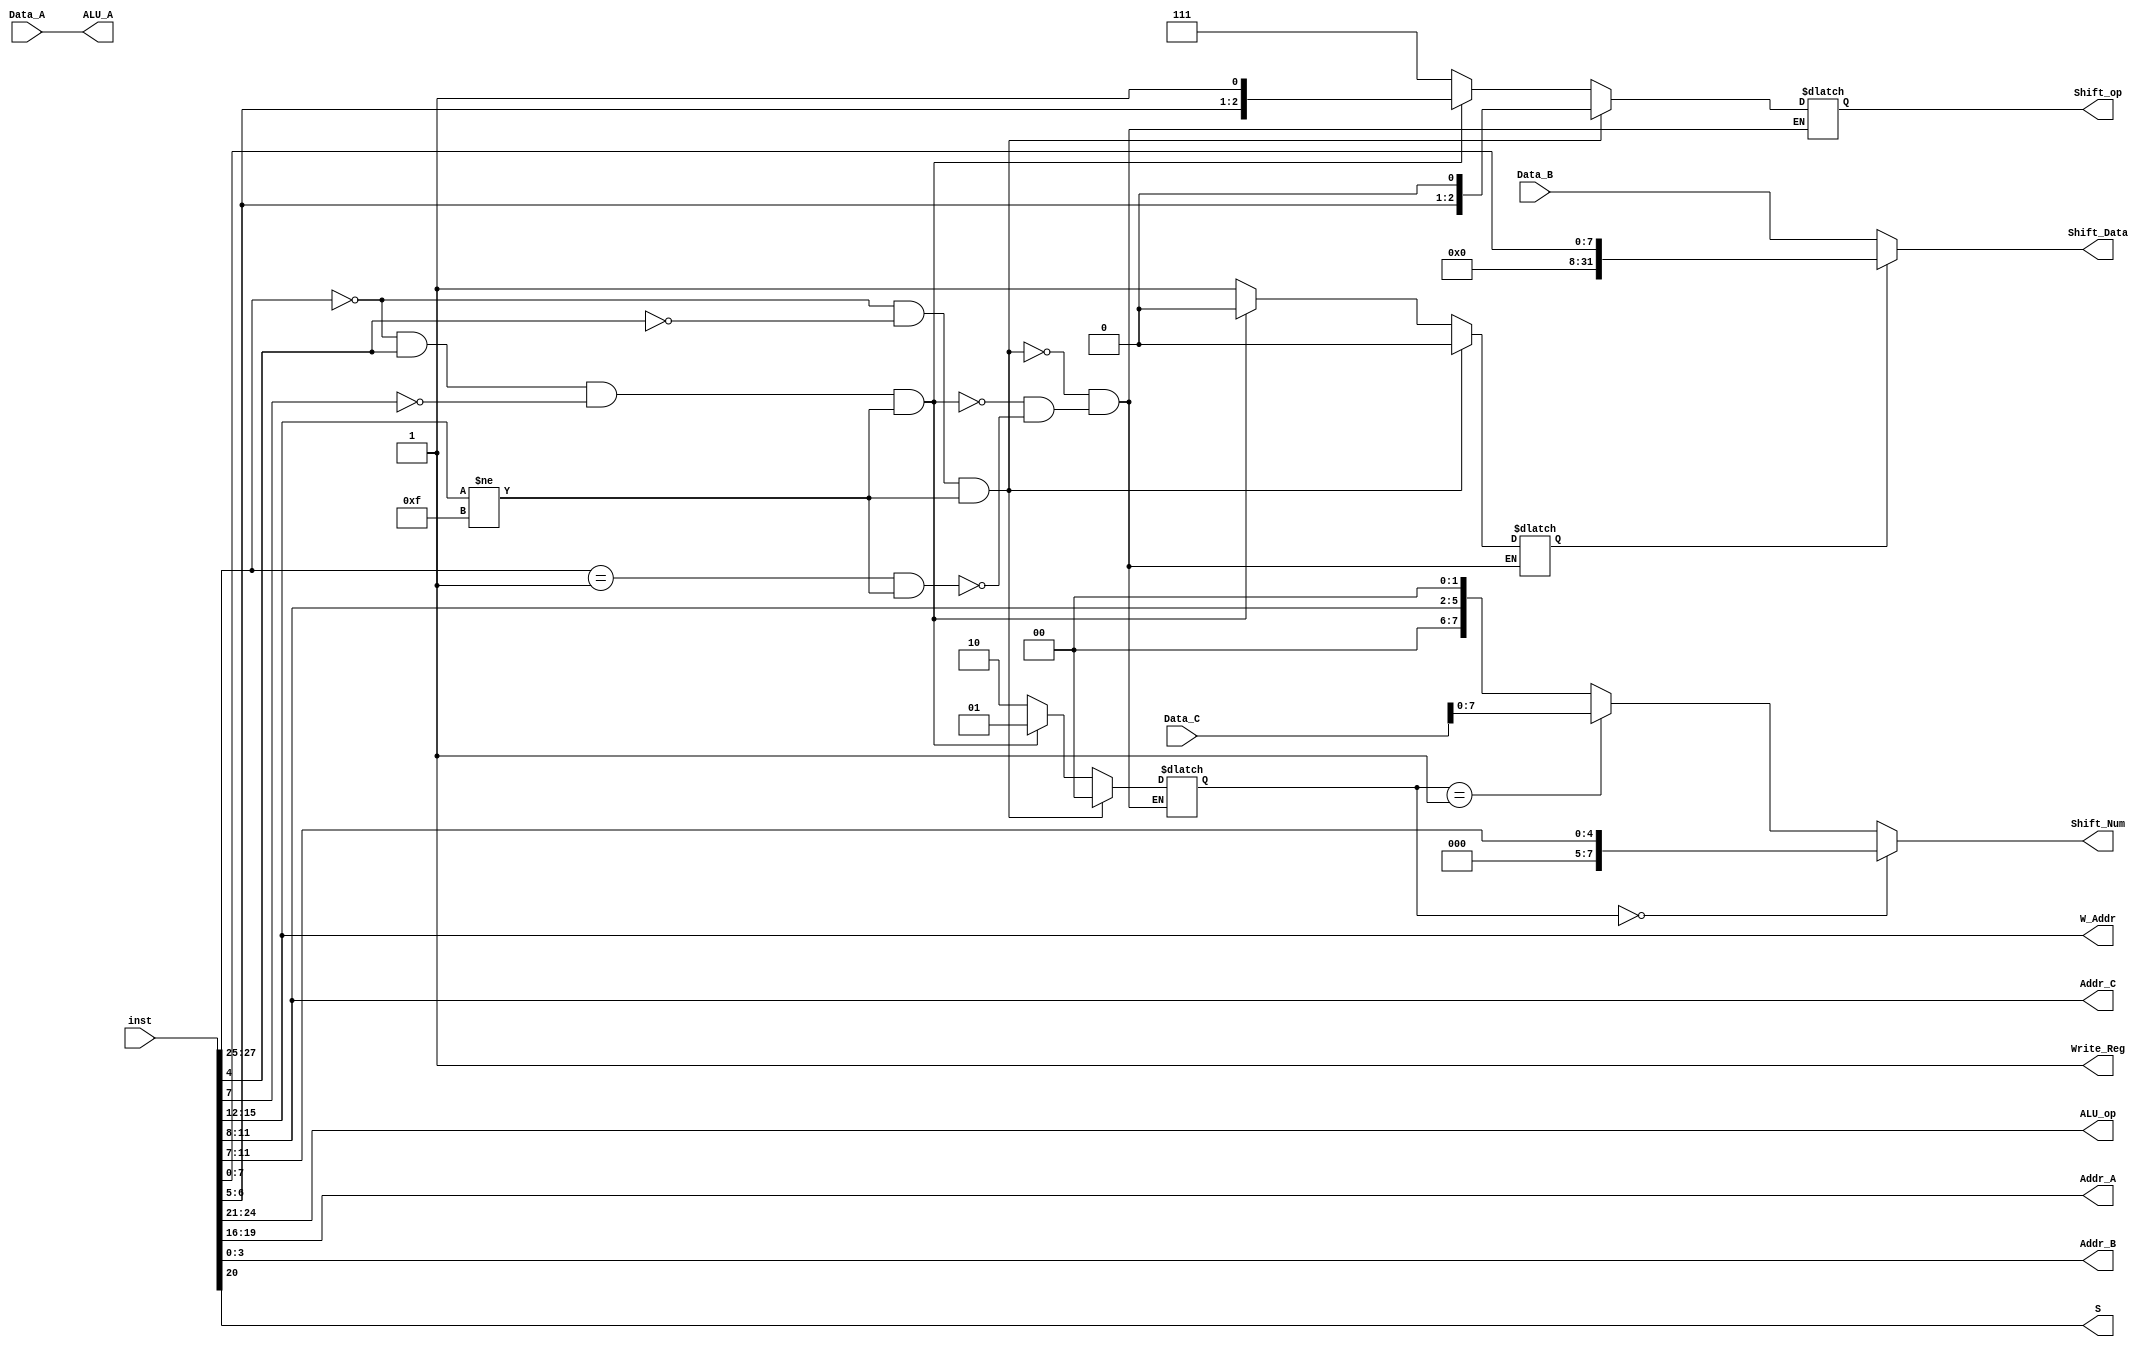
`timescale 1ns / 1ps
//////////////////////////////////////////////////////////////////////////////////
// Company: 
// Engineer: 
// 
// Design Name: 
// Module Name:    ID_EX 
// Project Name: 
// Target Devices: 
// Tool versions: 
// Description: 
//
// Dependencies: 
//
// Revision: 
// Revision 0.01 - File Created
// Additional Comments: 
//
//////////////////////////////////////////////////////////////////////////////////
module ID_EX(
	input [31:0] inst,
	
	input [31:0] Data_A,
	input [31:0] Data_B,
	input [31:0] Data_C,
	
	output reg[31:0] Shift_Data,
	output reg[31:0] ALU_A,
	output reg[7:0]  Shift_Num,
	output reg[2:0]  Shift_op,
	output reg[3:0]  ALU_op,
	
	output reg[3:0] Addr_A,
	output reg[3:0] Addr_B,
	output reg[3:0] Addr_C,
	output reg[3:0] W_Addr,
	output reg 		 Write_Reg,
	output reg		 S
	
    );
	 
	 reg[31:0] imm_data;
	 reg[7:0]  imm1_shift;
	 reg[8:0]  imm2_shift;
	 reg 		  rm_imm_s;
	 reg[1:0]  rs_imm_s;
	 reg 		  Error;
	 
	 always@(*) begin
		Write_Reg <= 1;
		S <= inst[20];
		ALU_op <= inst[24:21];
		Addr_A <= inst[19:16];
		Addr_B <= inst[3:0];
		Addr_C <= inst[11:8];
		W_Addr <= inst[15:12];
		imm_data <= {24'b0,inst[7:0]};
		imm1_shift <= {3'b0,inst[11:7]};
		imm2_shift <= {{3'b0,inst[11:8]},2'b0};
		if((inst[27:25]==3'b000) &&(inst[4]==0) && (inst[15:12]!=4'b1111)) begin
			rm_imm_s <= 1'b0;
			rs_imm_s <= 2'b0;
			Shift_op <= {inst[6:5],1'b0};
			
		end
		else if((inst[27:25]==3'b000) &&(inst[4]==1) && (inst[7]==0) && (inst[15:12]!=4'b1111)) begin
			rm_imm_s <= 1'b0;
			rs_imm_s <= 2'b1;
			Shift_op <= {inst[6:5],1'b1};
		end
		else if((inst[27:25]==3'b001) && (inst[15:12]!=4'b1111)) begin
			rm_imm_s <= 1'b1;
			rs_imm_s <= 2'b10;
			Shift_op <= 3'b111;
		end
		else begin
			Error =1;
		end
	 end
	 
	 always@(*) begin
		if(rm_imm_s == 1'b0) Shift_Data <= Data_B;
		else Shift_Data <= imm_data;
		if(rs_imm_s == 2'b00) Shift_Num <= imm1_shift;
		else if(rs_imm_s ==2'b01) Shift_Num <= Data_C;
		else Shift_Num <= imm2_shift;
		
		ALU_A <= Data_A;
	 end

endmodule